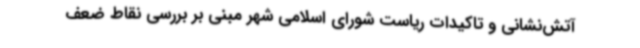
آتش‌نشانی و تاکیدات ریاست شورای اسلامی شهر مبنی بر بررسی نقاط ضعف